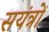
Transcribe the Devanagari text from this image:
सयंत्रों